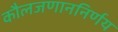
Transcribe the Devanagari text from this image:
कौलजणाननिर्णय